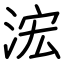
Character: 浤